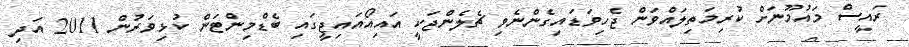
ރައީސް މައުމޫނަށް ކުރިމަތިލައްވަން ޖެހިވަޑައިގެންނެވި ޗެލެންޖަކީ އައިއޯއައިޖީގައި ބެޑްމިންޓަން ކުޅިވަރުން 2011 އަދި